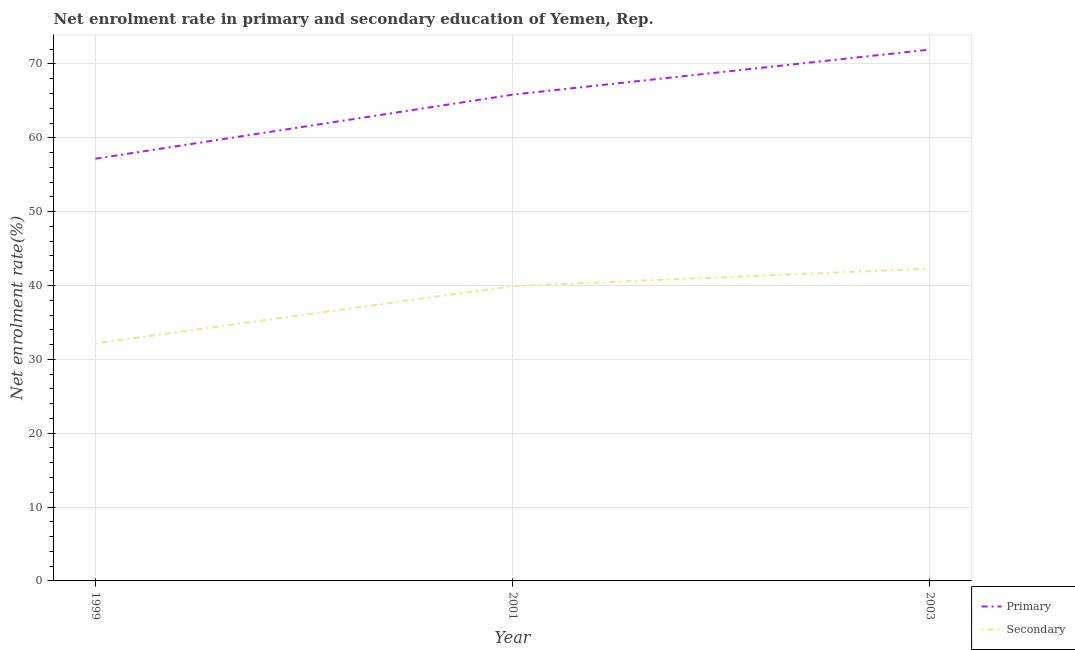
| Year | Primary | Secondary |
 | --- | --- | --- |
 | 1999 | 57.2 | 32.2 |
 | 2001 | 65.8 | 39.9 |
 | 2003 | 71.9 | 42.3 |